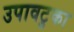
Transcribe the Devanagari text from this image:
उपावटुका